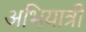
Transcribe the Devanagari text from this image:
अभियात्री